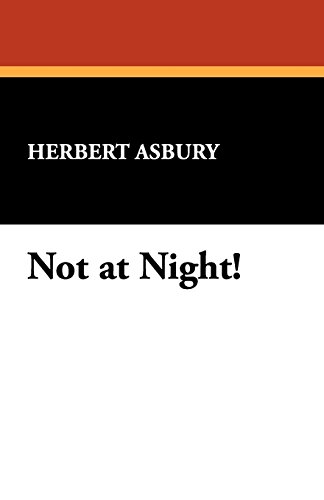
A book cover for Not at Night!; Literature & Fiction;